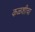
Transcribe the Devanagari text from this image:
कळशीचा